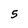
Character: 5